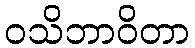
ဝသိဘာဝိတာ